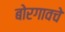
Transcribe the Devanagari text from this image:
बोरगावचे